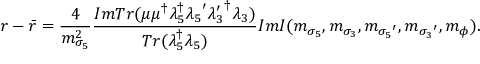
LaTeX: r - \bar { r } = \frac { 4 } { m _ { \sigma _ { 5 } } ^ { 2 } } \frac { I m T r ( \mu \mu ^ { \dagger } \lambda _ { 5 } ^ { \dagger } { \lambda _ { 5 } } ^ { \prime } { \lambda _ { 3 } ^ { \prime } } ^ { \dagger } \lambda _ { 3 } ) } { T r ( \lambda _ { 5 } ^ { \dagger } \lambda _ { 5 } ) } I m I ( m _ { \sigma _ { 5 } } , m _ { \sigma _ { 3 } } , m _ { { \sigma _ { 5 } } ^ { \prime } } , m _ { { \sigma _ { 3 } } ^ { \prime } } , m _ { \phi } ) .